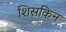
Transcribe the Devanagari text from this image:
शिसकिन